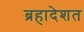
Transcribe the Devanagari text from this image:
ब्रहादेशत